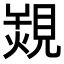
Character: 𧡠